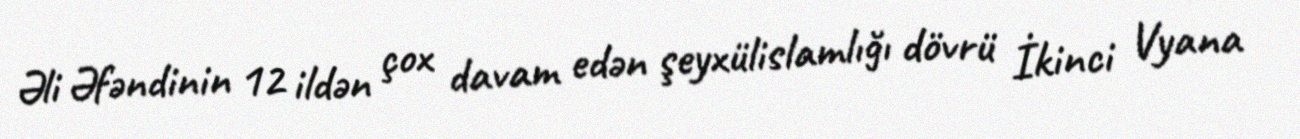
Əli Əfəndinin 12 ildən çox davam edən şeyxülislamlığı dövrü İkinci Vyana